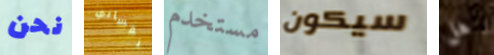
نحن نفساني مستخدم سيكون هل